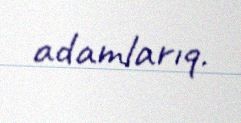
adamlarıq.